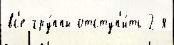
вс'е гру́ппы отступ'и́ть 2-я